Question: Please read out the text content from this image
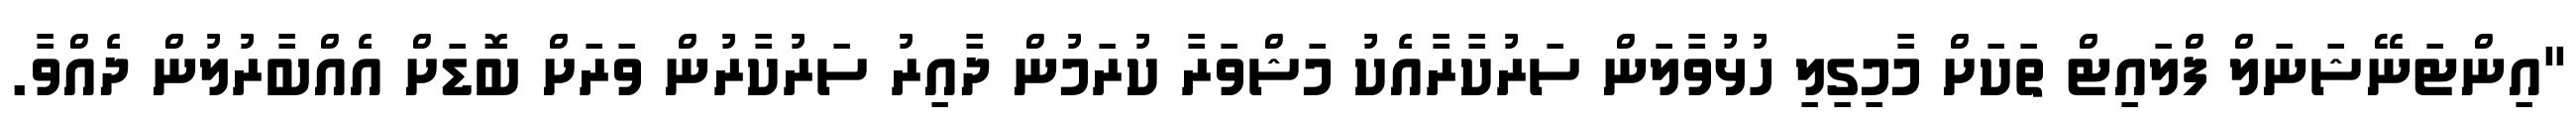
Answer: "އިންޓަނޭޝަނަލް ފްލައިޓް ތަކަށް މާމިގިލި ހުޅުވާލަން ސަރުކާރާއެކު މަޝްވަރާ ކުރަމުން ދާއިރު ސަރުކާރުން ވަރަށް ބޮޑަށް އެއްބާރުލުން ދެއްވާ.